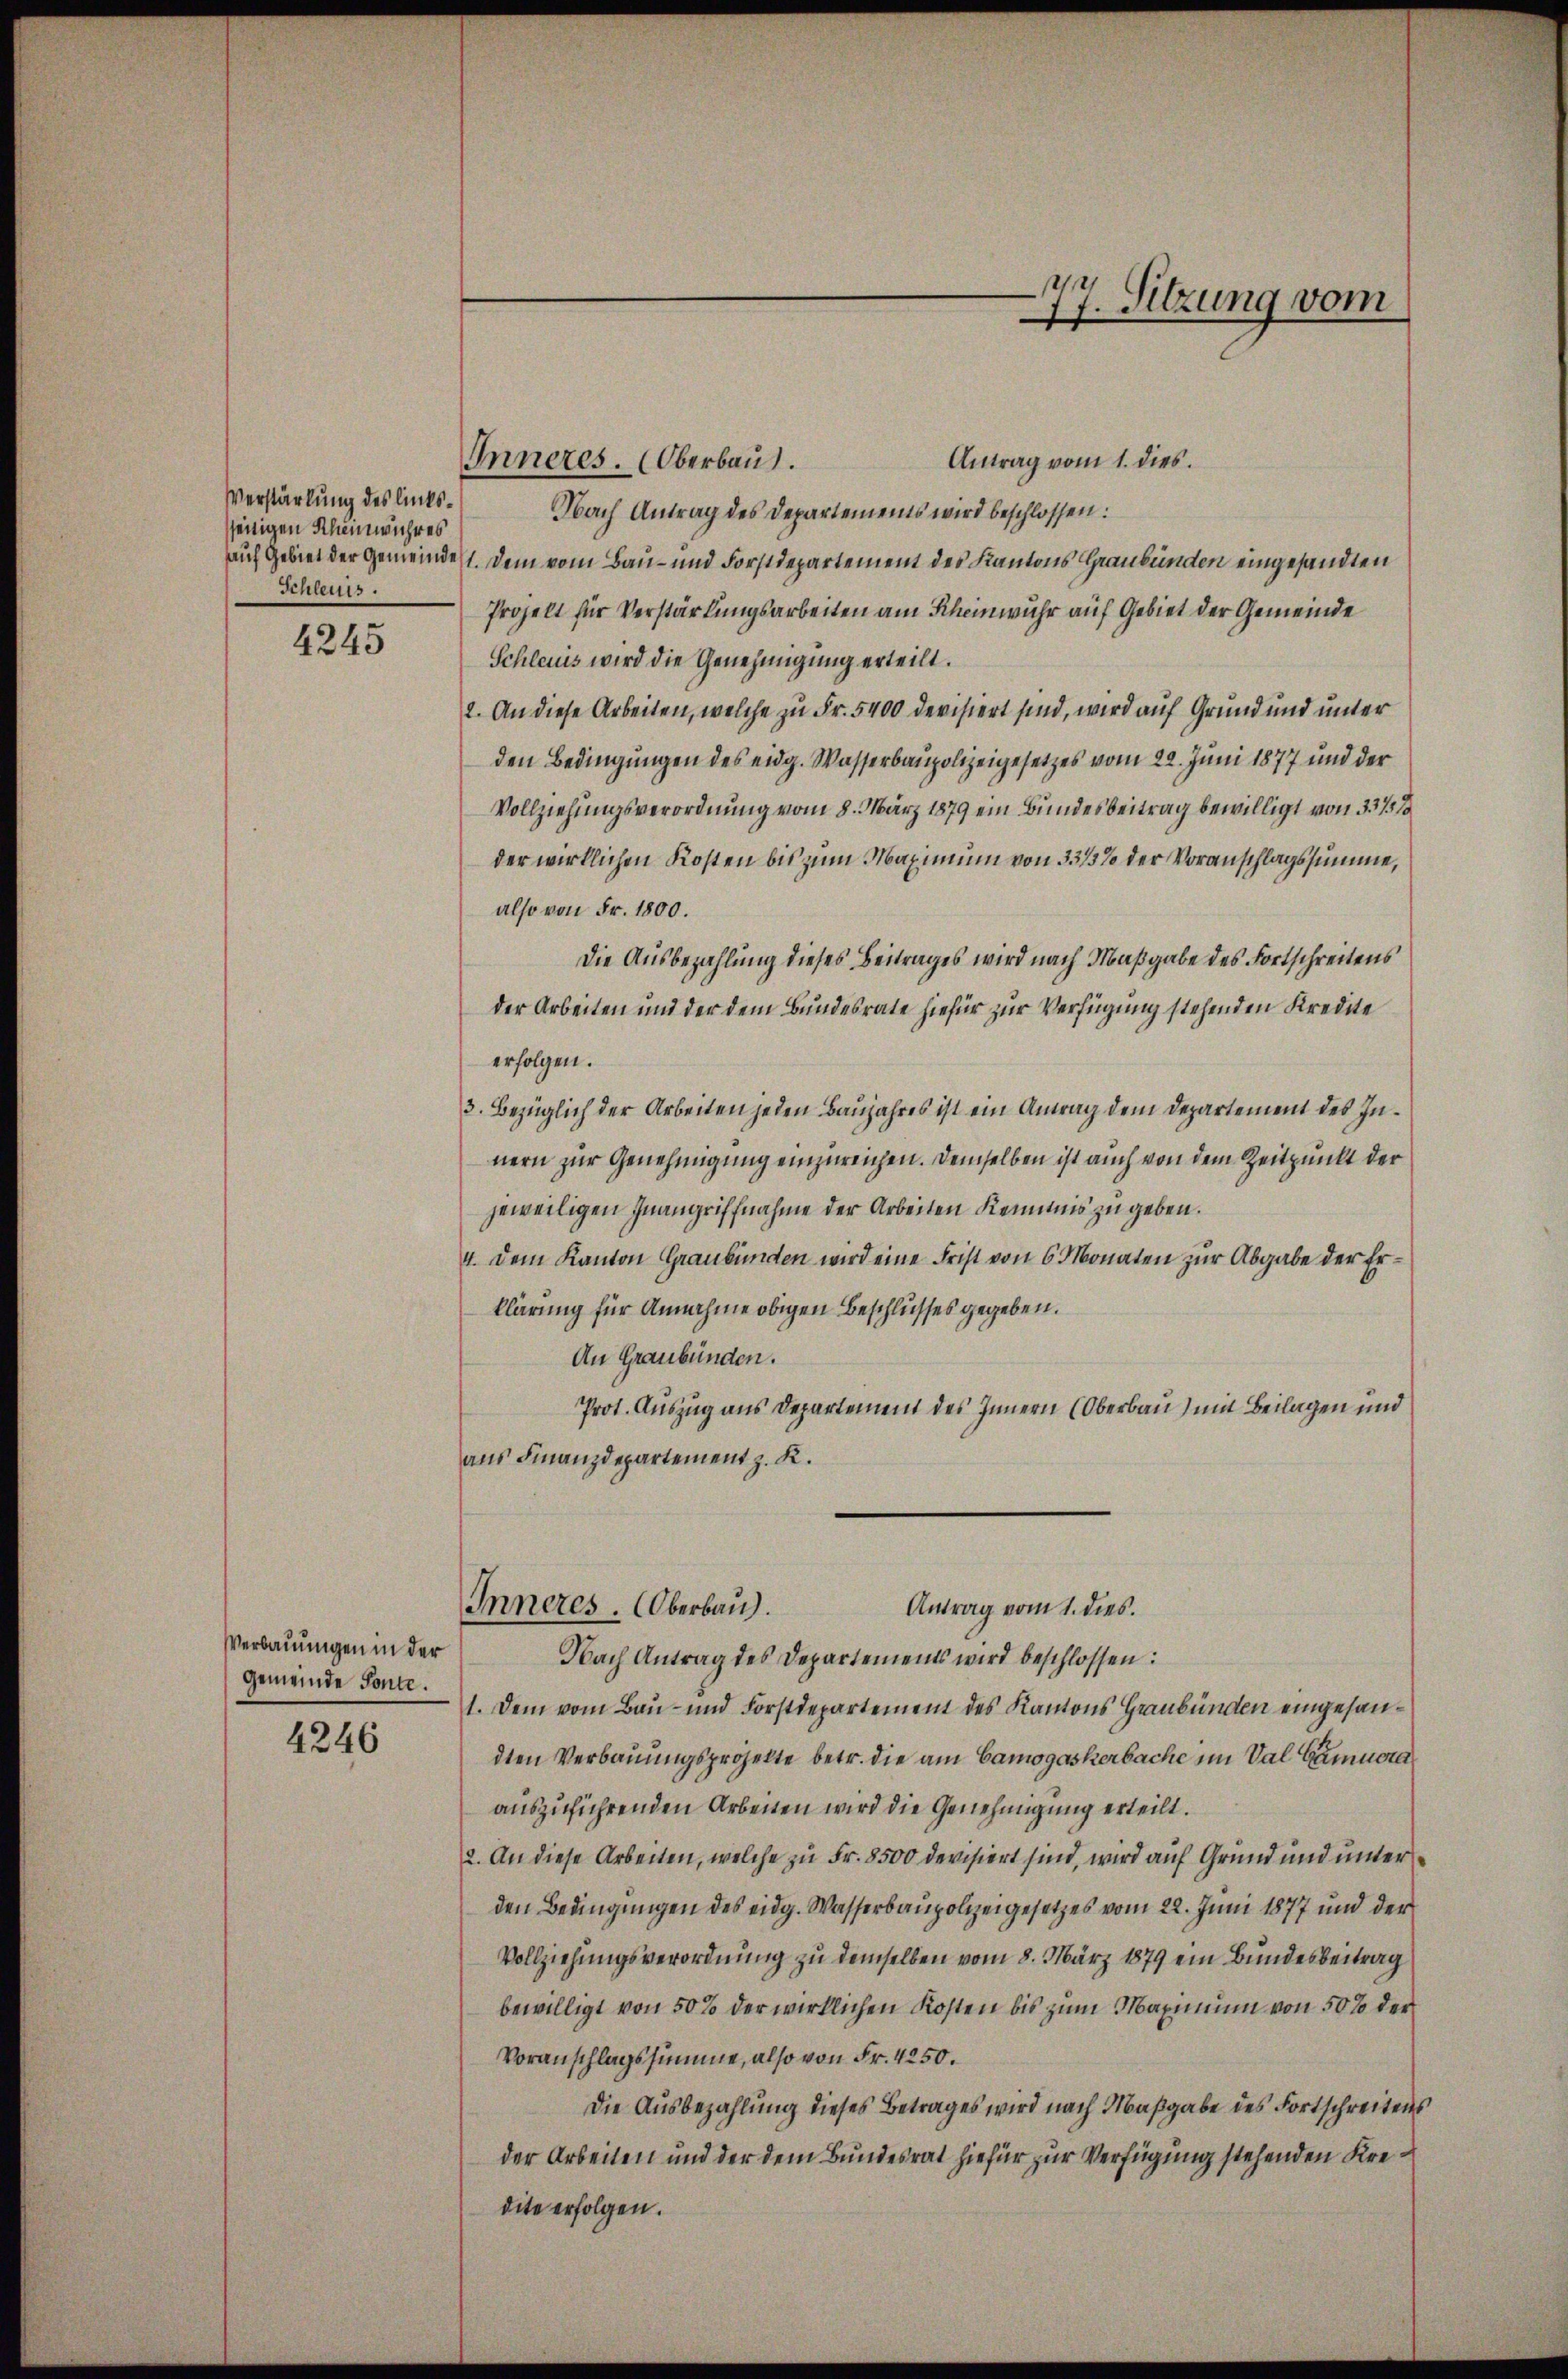
Verstärkung des linkssseitigen Kleinwuhres
Schleuss.

4245

Verbauungen in der
Gemeinde Sonte.

4246

Antrag vom 1. dies
Inneres. (Oberbaut.
Nach Antrag des Departements wird beschlossen:
aach Gebiet der Gemeindet. Dem vom Bau- und Forstdepartement des Kantons Graubünden eingesandten
Prozelt für Verstärkungsarbeiten am Scheinwuhr auf Gebiet der Gemeinde
Schleuis wird die Genehmigung erteilt.
2. An diese Arbeiten, welche zu Fr. 5400 devisiert sind, wird auf Grund und unter
den Bedingungen des eidg. Wasserbaupolizeigesetzes vom 22. Juni 1877 und der
Vollziehungsverordnung vom 8. März 1879 ein Bundesbeitrag bewilligt von 337
der wirklichen Kosten bis zum Maximum von 33/3% der Voranschlagssumme,
also von Fr. 1800.
Die Ausbezahlung dieses Beitrages wird nach Maßgabe des Fortschreitens
der Arbeiten und der dem Bundesrate hiefür zur Verfügung stehenden Kredite
erfolgen.
3. Bezüglich der Arbeiten jeden Baujahres ist ein Antrag dem Departement des Innern zur Genehmigung einzureichen. Demselben ist auch von dem Zeitpunkt der
jeweiligen Inangriffnahme der Arbeiten Kenntnis zu geben.
4. dem Kanton Graubünden wird eine Frist von 6 Monaten zur Abgabe der Erklärung für Annahme obigen Beschlusses gegeben.
An Graubünden.
Prot. Auszug aus Departement des Innern (Oberbau) mit Beilagen und
aus Finanzdepartement z. K.

Inneres. Oberbau
Antrag vom 1. dies.
Nach Antrag des Departements wird beschlossen:

1. Dem vom Bau- und Forstdepartement des Kantons Graubünden eingesandten Verbauungsprojekte betr. die am Canogaskerbache im Val Gamuoraauszuführenden Arbeiten wird die Genehmigung erteilt.
2. An diese Arbeiten, welche zu Fr. 8500 devisiert sind, wird auf Grund und unter
den Bedingungen des eidg. Wasserbaupolizeigesetzes vom 22. Juni 1877 und der
Vollziehungsverordnung zu demselben vom 8. März 1879 ein Bundesbeitrag
bewilligt von 50 % der wirklichen Kosten bis zum Maximum von 50% der
Voranschlagssumme, also von Fr. 4250.
Die Ausbezahlung dieses Betrages wird nach Maßgabe des Fortschreitens
der Arbeiten und der dem Bundesrat hiefür zur Verfügung stehenden Kredite erfolgen.

77. Sitzung vom